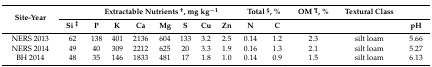
<table><thead><tr><td rowspan="2"><b>Site-Year</b></td><td></td><td colspan="7"><b>Extractable Nutrients <sup>†</sup>, mg kg<sup>−1</sup></b></td><td colspan="2"><b>Total <sup>§</sup>, %</b></td><td><b>OM <sup>¶</sup>, %</b></td><td><b>Textural Class</b></td><td></td></tr><tr><td><b>Si <sup>‡</sup></b></td><td><b>P</b></td><td><b>K</b></td><td><b>Ca</b></td><td><b>Mg</b></td><td><b>S</b></td><td><b>Cu</b></td><td><b>Zn</b></td><td><b>N</b></td><td><b>C</b></td><td></td><td></td><td><b>pH</b></td></tr></thead><tbody><tr><td>NERS 2013</td><td>62</td><td>138</td><td>401</td><td>2136</td><td>604</td><td>133</td><td>3.2</td><td>2.5</td><td>0.14</td><td>1.2</td><td>2.3</td><td>silt loam</td><td>5.66</td></tr><tr><td>NERS 2014</td><td>49</td><td>40</td><td>309</td><td>2212</td><td>625</td><td>20</td><td>3.3</td><td>1.9</td><td>0.16</td><td>1.3</td><td>2.1</td><td>silt loam</td><td>5.27</td></tr><tr><td>BH 2014</td><td>48</td><td>35</td><td>146</td><td>1833</td><td>481</td><td>17</td><td>1.8</td><td>1.0</td><td>0.14</td><td>0.9</td><td>1.5</td><td>silt loam</td><td>6.13</td></tr></tbody></table>